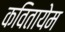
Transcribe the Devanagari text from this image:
कवितायेम